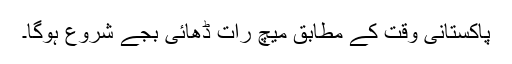
پاکستانی وقت کے مطابق میچ رات ڈھائی بجے شروع ہوگا۔